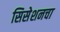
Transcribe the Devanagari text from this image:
सिसेशनचा